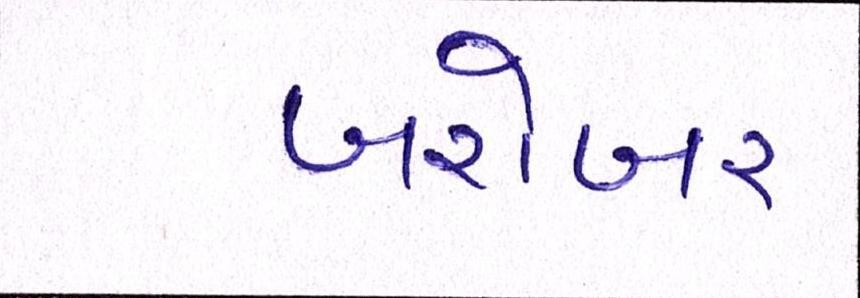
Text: બરોબર